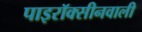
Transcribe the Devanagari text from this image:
पाइरॉक्सीनवाली